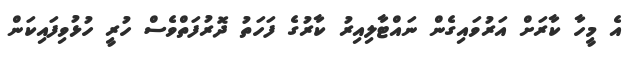
އެ މީހާ ކާރަށް އަރުވައިގެން ނައްޓާލިއިރު ކާރުގެ ފަހަތު ދޮރުފަތްވެސް ހުރީ ހުޅުވިފައިކަން